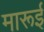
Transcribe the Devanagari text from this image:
मारूई